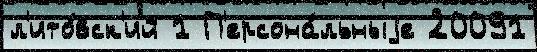
л'ито́вск'ий 1 П'ерсона́льныjе 20091